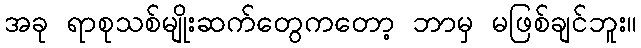
အခု ရာစုသစ်မျိုးဆက်တွေကတော့ ဘာမှ မဖြစ်ချင်ဘူး။